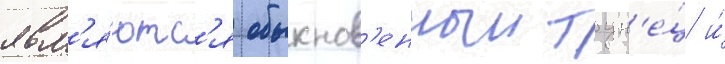
явл'я́ютс'я обыкнов'енныи тун'е́ц и́